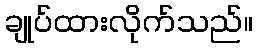
ချုပ်ထားလိုက်သည်။